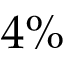
4 \%